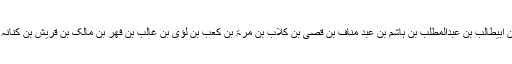
آپ علیہ السلام کی والدہ ماجدہ کا تعارف فاطمہ بنت حسن بن علی ابن ابیطالب بن عبدالمطلب بن ہاشم بن عبد مناف بن قصی بن کلاب بن مرۃ بن کعب بن لؤی بن غالب بن فھر بن مالک بن قریش بن کنانہ بن خزیمہ بن مدرکہ بن الیاس بن مضر بن نزار معد بن عدنان ہے ۔